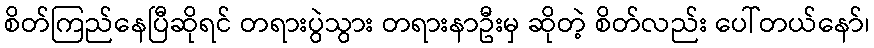
စိတ်ကြည်နေပြီဆိုရင် တရားပွဲသွား တရားနာဦးမှ ဆိုတဲ့ စိတ်လည်း ပေါ်တယ်နော်၊